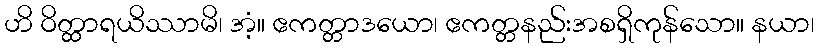
ဟိ ဝိတ္ထာရယိဿာမိ၊ အံ့။ ဧကတ္တာဒယော၊ ဧကတ္တနည်းအစရှိကုန်သော။ နယာ၊